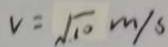
v = \sqrt { 1 0 } m / s